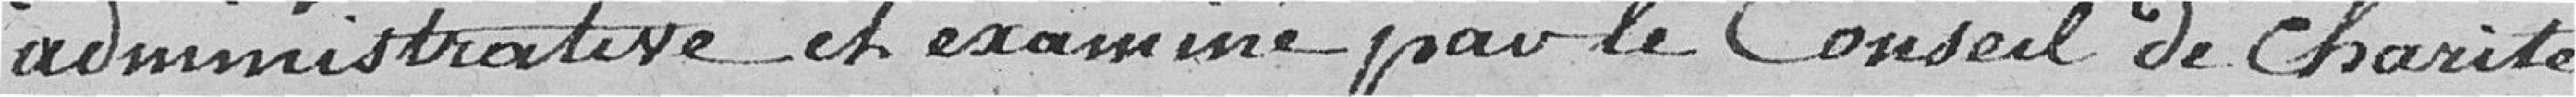
administrative et examiné par le Conseil de charité